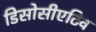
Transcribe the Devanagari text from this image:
डिसोसीएटिव